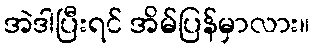
အဲဒါပြီးရင် အိမ်ပြန်မှာလား။